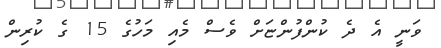
ވަނީ އެ ދެ ކުންފުންޏަށް ވެސް މެއި މަހުގެ 15 ގެ ކުރިން